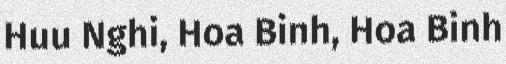
Huu Nghi, Hoa Binh, Hoa Binh